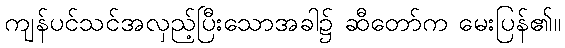
ကျန်ပင်သင်အလှည့်ပြီးသောအခါ၌ ဆီတော်က မေးပြန်၏။